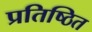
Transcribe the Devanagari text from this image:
प्रतिष्ठित